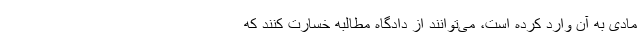
مادی به آن وارد کرده است، می‌توانند از دادگاه‌ مطالبه خسارت کنند که